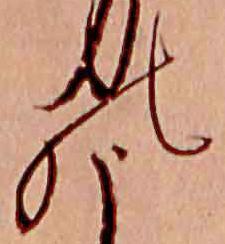
の